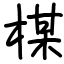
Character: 楳